Indian journal of veterinary science and animal husbandry - Volumes 24-25, 1954-1955
Year: 1954
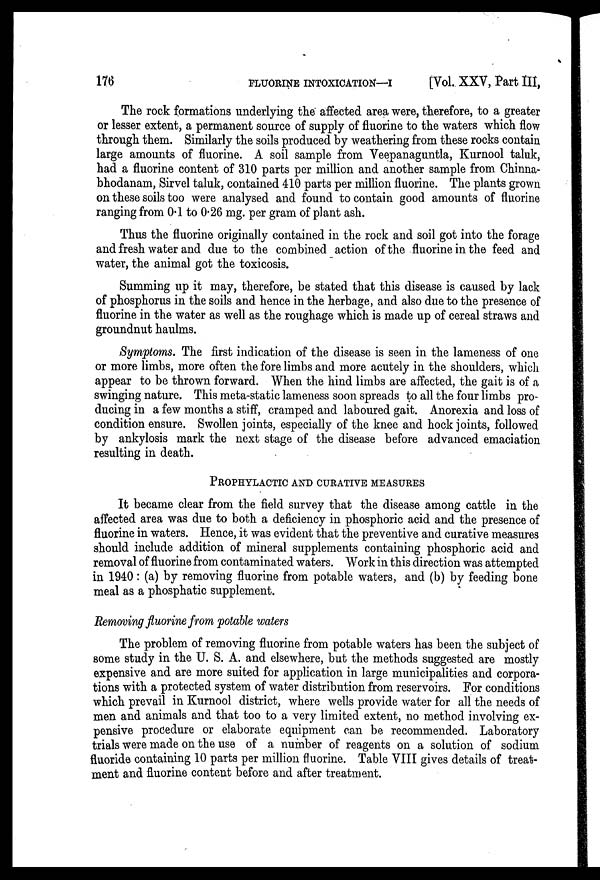
176
FLUORINE
INTOXICATION-I
[Vol. XXV, Part III,
The rock formations underlying the affected area were, therefore, to a greater
or lesser extent, a permanent source of supply of fluorine to the waters which flow
through them. Similarly the soils produced by weathering from these rocks contain
large amounts of fluorine. A soil sample from Veepanaguntla, Kurnool taluk,
had a fluorine content of 310 parts per million and another sample from Chinna-
bhodanam, Sirvel taluk, contained 410 parts per million fluorine. The plants grown
on these soils too were analysed and found to contain good amounts of fluorine
ranging from 0.1 to 0.26 mg. per gram of plant ash.
Thus the fluorine originally contained in the rock and soil got into the forage
and fresh water and due to the combined action of the fluorine in the feed and
water, the animal got the toxicosis.
Summing up it may, therefore, be stated that this disease is caused by lack
of phosphorus in the soils and hence in the herbage, and also due to the presence of
fluorine in the water as well as the roughage which is made up of cereal straws and
groundnut haulms.
Symptoms. The first indication of the disease is seen in the lameness of one
or more limbs, more often the fore limbs and more acutely in the shoulders, which
appear to be thrown forward. When the hind limbs are affected, the gait is of a
swinging nature. This meta-static lameness soon spreads to all the four limbs pro-
ducing in a few months a stiff, cramped and laboured gait. Anorexia and loss of
condition ensure. Swollen joints, especially of the knee and hock joints, followed
by ankylosis mark the next stage of the disease before advanced emaciation
resulting in death.
PROPHYLACTIC AND CURATIVE MEASURES
It became clear from the field survey that the disease among cattle in the
affected area was due to both a deficiency in phosphoric acid and the presence of
fluorine in waters. Hence, it was evident that the preventive and curative measures
should include addition of mineral supplements containing phosphoric acid and
removal of fluorine from contaminated waters. Work in this direction was attempted
in 1940 : (a) by removing fluorine from potable waters, and (b) by feeding bone
meal as a phosphatic supplement.
Removing fluorine from potable waters
The problem of removing fluorine from potable waters has been the subject of
some study in the U. S. A. and elsewhere, but the methods suggested are mostly
expensive and are more suited for application in large municipalities and corpora-
tions with a protected system of water distribution from reservoirs. For conditions
which prevail in Kurnool district, where wells provide water for all the needs of
men and animals and that too to a very limited extent, no method involving ex-
pensive procedure or elaborate equipment can be recommended. Laboratory
trials were made on the use of a number of reagents on a solution of sodium
fluoride containing 10 parts per million fluorine. Table VIII gives details of treat-
ment and fluorine content before and after treatment.